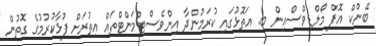
ބޭންކް އޮފް މޯލްޑިވްސްއިން ބ. އަތޮޅުގައި ކުރަމުންދާ އިންވެސްޓްމަންޓްތައް އިތުރަށް ފުޅާކުރުމުގެ ގޮތުން